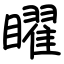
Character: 矅